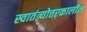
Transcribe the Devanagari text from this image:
स्वातंत्र्योत्तरकालीन